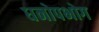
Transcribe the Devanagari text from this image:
धनोपभोग